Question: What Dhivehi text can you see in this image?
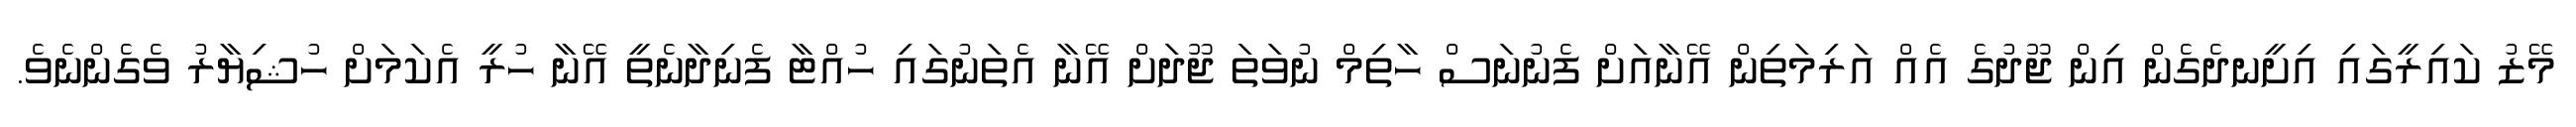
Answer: މޭޒު ކައިރީގައި އިށީނދެގެން އިން ޖޫދުގެ އެއް އަރިމަތިން އޭނާއަށް ފެނުނަސް ހާތިމް ނުވަތަ ޖޫދަށް އޭނާ އެތަނުގައި ހުއްޓާ ފެނިދާނެތީ އޭނާ ހުރީ އެކަމަށް ހުޝިޔާރު ވެގެންނެވެ.